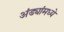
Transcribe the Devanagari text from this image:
अंड्यांमध्ये